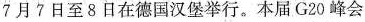
7月7日至8日在德国汉堡举行。本届G20峰会